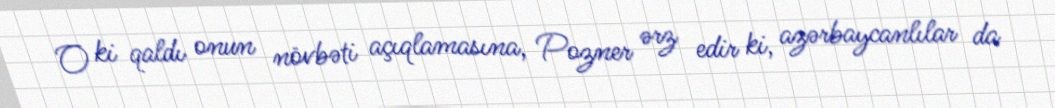
O ki qaldı onun növbəti açıqlamasına, Pozner ərz edir ki, azərbaycanlılar da